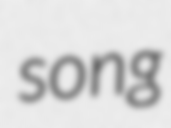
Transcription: song